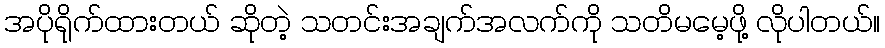
အပိုရိုက်ထားတယ် ဆိုတဲ့ သတင်းအချက်အလက်ကို သတိမမေ့ဖို့ လိုပါတယ်။